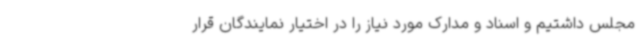
مجلس داشتیم و اسناد و مدارک مورد نیاز را در اختیار نمایندگان قرار